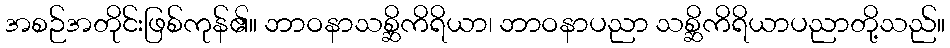
အစဉ်အတိုင်းဖြစ်ကုန်၏။ ဘာဝနာသစ္ဆိကိရိယာ၊ ဘာဝနာပညာ သစ္ဆိကိရိယာပညာတို့သည်။